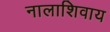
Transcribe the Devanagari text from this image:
नालाशिवाय